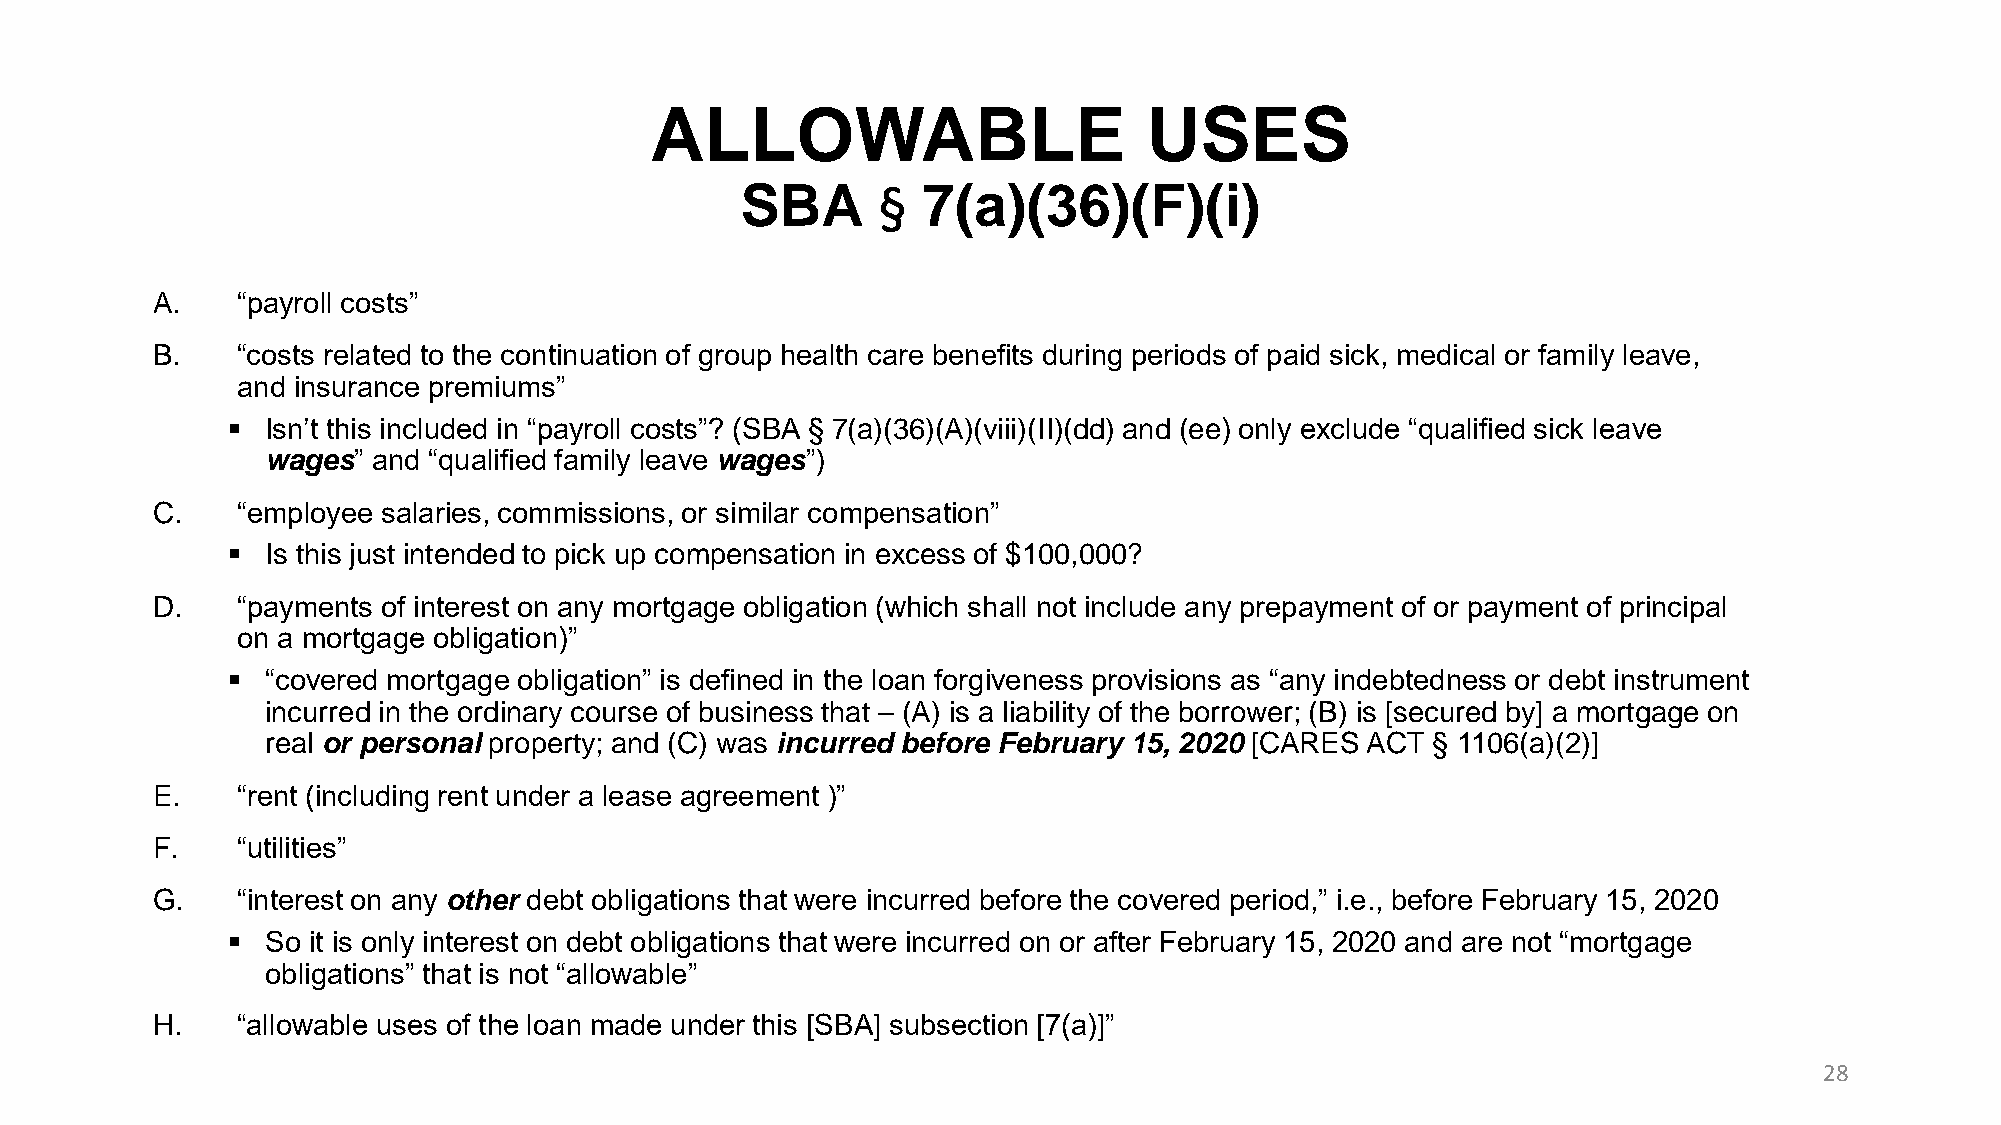
ALLOWABLE                        USES
 SBA      §  7(a)(36)(F)(i)
 A.    “payroll costs”
 B.    “costs related to the continuation of group health care benefits during periods of paid sick, medical or family leave,
 and insurance premiums”
 ▪  Isn’t this included in “payroll costs”? (SBA § 7(a)(36)(A)(viii)(II)(dd) and (ee) only exclude “qualified sick leave
 wages” and “qualified family leave wages”)
 C.    “employee salaries, commissions, or similar compensation”
 ▪  Is this just intended to pick up compensation in excess of $100,000?
 D.    “payments of interest on any mortgage obligation (which shall not include any prepayment of or payment of principal
 on a mortgage obligation)”
 ▪  “covered mortgage obligation” is defined in the loan forgiveness provisions as “any indebtedness or debt instrument
 incurred in the ordinary course of business that – (A) is a liability of the borrower; (B) is [secured by] a mortgage on
 real or personal property; and (C) was incurred before February 15, 2020 [CARES ACT § 1106(a)(2)]
 E.    “rent (including rent under a lease agreement )”
 F.    “utilities”
 G.    “interest on any other debt obligations that were incurred before the covered period,” i.e., before February 15, 2020
 ▪  So it is only interest on debt obligations that were incurred on or after February 15, 2020 and are not “mortgage
 obligations” that is not “allowable”
 H.    “allowable uses of the loan made under this [SBA] subsection [7(a)]”
 28